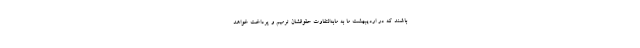
باشند که در اردیبهشت ما به مابه‌التفاوت حقوقشان ترمیم و پرداخت خواهد